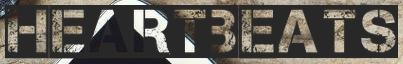
HEARTBEATS